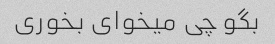
بگو چی میخوای بخوری